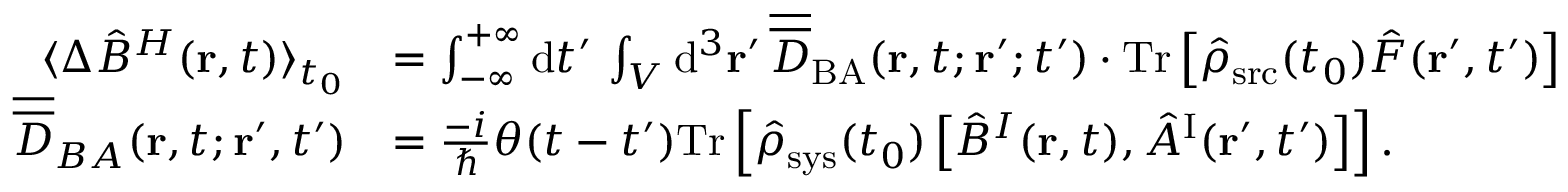
\begin{array} { r l } { \langle \Delta \hat { B } ^ { H } ( { \bf r } , t ) \rangle _ { t _ { 0 } } } & { = \int _ { - \infty } ^ { + \infty } \mathrm { d } t ^ { \prime } \, \int _ { \cal V } \mathrm { d } ^ { 3 } { \bf r } ^ { \prime } \, \overline { { \overline { { D } } } } _ { \mathrm { B A } } ( { \bf r } , t ; { \bf r } ^ { \prime } ; t ^ { \prime } ) \cdot \mathrm { T r } \left[ \hat { \rho } _ { \mathrm { s r c } } ( t _ { 0 } ) \hat { F } ( { \bf r } ^ { \prime } , t ^ { \prime } ) \right] } \\ { \overline { { \overline { { D } } } } _ { B A } ( { \bf r } , t ; { \bf r } ^ { \prime } , t ^ { \prime } ) } & { = \frac { - i } { \hbar } \theta ( t - t ^ { \prime } ) \mathrm { T r } \left[ \hat { \rho } _ { \mathrm { s y s } } ( t _ { 0 } ) \left[ \hat { B } ^ { I } ( { \bf r } , t ) , \hat { A } ^ { \mathrm { I } } ( { \bf r } ^ { \prime } , t ^ { \prime } ) \right] \right] . } \end{array}